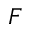
F